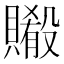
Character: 𬥨